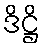
ဒိဋ္ဌိ